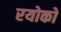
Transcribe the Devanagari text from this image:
रयोको